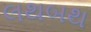
લથબથ